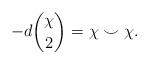
LaTeX: \begin{align*}-d {\chi \choose 2} = \chi \smile \chi.\end{align*}